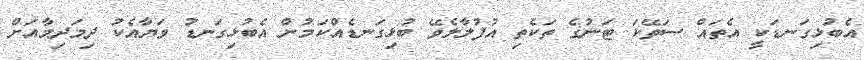
އެބުޅިގަނޑަކީ އެތައް ސަތޭކަ ޓަނުގެ ތަކެތި އުފުލާލެވޭ ބުޅިގަނޑެއްކަމުން އެބުޅިގަނޑު ވަޔާއެކު ދިމަދިމާއަށް